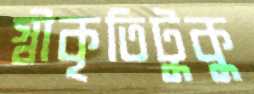
স্বীকৃতিটুকু